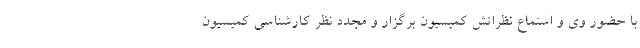
با حضور وی و استماع نظراتش کمیسیون برگزار و مجدد نظر کارشناسی کمیسیون